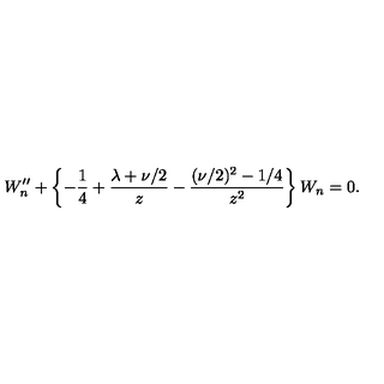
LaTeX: W _ { n } ^ { \prime \prime } + \left\{ { - { \frac { 1 } { 4 } } + { \frac { \lambda + \nu / 2 } { z } } - { \frac { ( \nu / 2 ) ^ { 2 } - 1 / 4 } { z ^ { 2 } } } } \right\} W _ { n } = 0 .